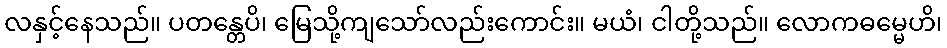
လနှင့်နေသည်။ ပတန္တေပိ၊ မြေသို့ကျသော်လည်းကောင်း။ မယံ၊ ငါတို့သည်။ လောကဓမ္မေဟိ၊